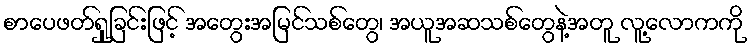
စာပေဖတ်ရှုခြင်းဖြင့် အတွေးအမြင်သစ်တွေ၊ အယူအဆသစ်တွေနဲ့အတူ လူ့လောကကို